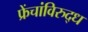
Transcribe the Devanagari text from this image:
फ्रेंचांविरुद्ध